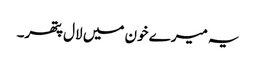
یہ میرے خون میں لال پتھر۔